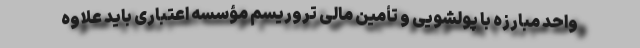
واحد مبارزه با پولشویی و تأمین مالی تروریسم مؤسسه اعتباری باید علاوه